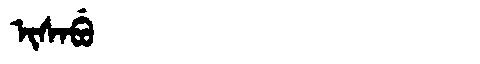
Manchu: ᡳᠰᠠᠪᡠ
Romanization: ISABU